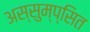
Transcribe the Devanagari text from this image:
अस्सुम्प्सित